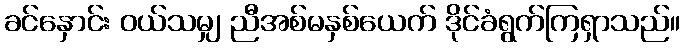
ခင်နှောင်း ဝယ်သမျှ ညီအစ်မနှစ်ယေက် ဒိုင်ခံရွက်ကြရှာသည်။